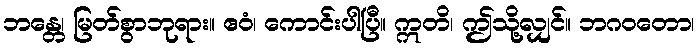
ဘန္တေ၊ မြတ်စွာဘုရား။ ဧဝံ၊ ကောင်းပါပြီ။ ဣတိ၊ ဤသို့လျှင်။ ဘဂဝတော၊